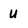
Character: u